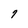
Character: 9